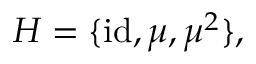
H = \{ { \mathrm { i d } } , \mu , \mu ^ { 2 } \} ,